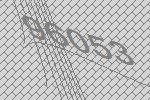
96053